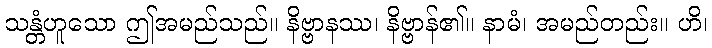
သန္တံဟူသော ဤအမည်သည်။ နိဗ္ဗာနဿ၊ နိဗ္ဗာန်၏။ နာမံ၊ အမည်တည်း။ ဟိ၊